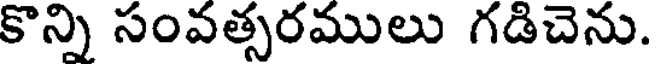
కొన్ని సంవత్సరములు గడిచెను.